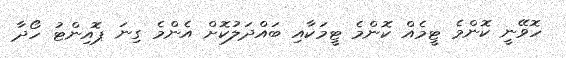
ހޮވޭނީ ކޮންމެ ޓީމެއް ކޮންމެ ޓީމަކާއި ބައްދަލުކޮށް އެންމެ ގިނަ ޕޮއިންޓު ހޯދާ